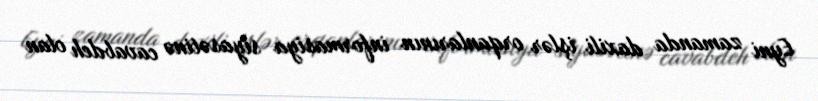
Eyni zamanda daxili işlər orqanlarının informasiya siyasətinə cavabdeh olan